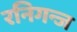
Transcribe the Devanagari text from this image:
रनिगन्ज